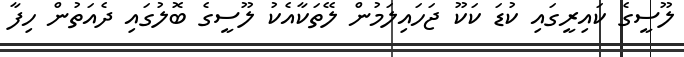
ލޫސީގެ ކައިރީގައި ކުޑަ ކަކޫ ޖަހައިލަމުން ލޭތަކާއެކު ލޫސީގެ ބޮލުގައި ދެއަތުން ހިފާ